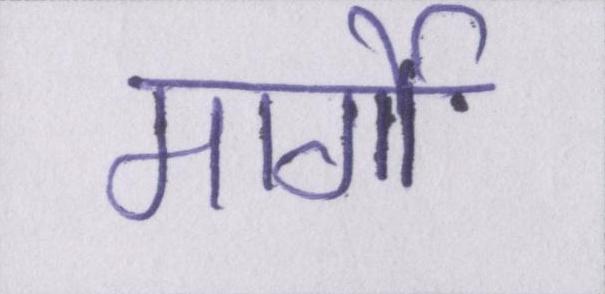
मार्गो